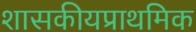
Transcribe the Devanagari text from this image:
शासकीयप्राथमिक